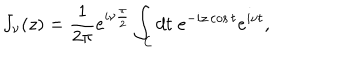
J _ { \nu } ( z ) = { \frac { 1 } { 2 \pi } } e ^ { i \nu { \frac { \pi } { 2 } } } \int _ { \cal C } d t \; e ^ { - i z \cos t } e ^ { i \nu t } ,